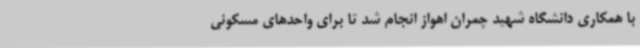
با همکاری دانشگاه شهید چمران اهواز انجام شد تا برای واحدهای مسکونی